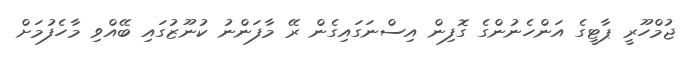
ޖުމްހޫރީ ޕާޓީގެ އަންހެނުންގެ ގޮފިން އިސްނަގައިގެން ރޭ މާފަންނު ކުނޫޒުގައި ބޭއްވި މާހެފުމަށް